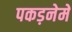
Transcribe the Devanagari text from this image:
पकड़नेमें